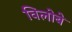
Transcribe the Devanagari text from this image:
विलोबे